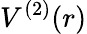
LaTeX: V^{(2)}(r)